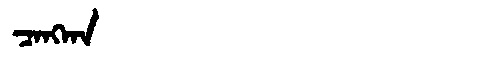
Manchu: ᠴᠠᠩᡴᠠ
Romanization: CANGKA